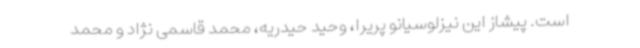
است. پیشاز این نیزلوسیانو پریرا، وحید حیدریه، محمد قاسمی نژاد و محمد